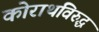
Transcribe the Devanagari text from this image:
कोराथविरुद्ध